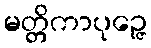
မတ္တိကာပုဉ္ဇေ